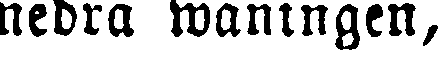
nedra waningen.